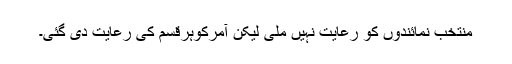
منتخب نمائندوں کو رعایت نہیں ملی لیکن آمرکوہرقسم کی رعایت دی گئی۔